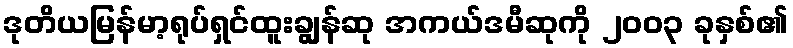
ဒုတိယမြန်မာ့ရုပ်ရှင်ထူးချွန်ဆု အကယ်ဒမီဆုကို ၂၀၀၃ ခုနှစ်၏